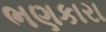
ભણકારા